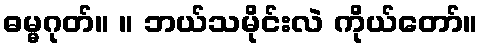
ဓမ္မဂုတ်။ ။ ဘယ်သမိုင်းလဲ ကိုယ်တော်။